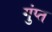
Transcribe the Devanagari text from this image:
गुंप्त